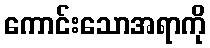
ကောင်းသောအရာကို